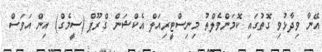
އޭނާ ވިދާޅުވި ގޮތުގައި ކޮމަންވެލްތު މިނިސްޓީރިއަލް އެކްޝަން ގްރޫޕް (ސީމެގް) އިން އަވަސް